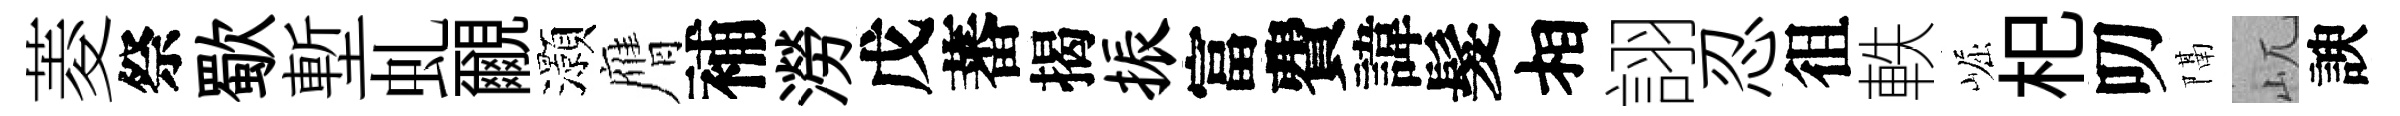
菱祭歜塹虬覼灝膺補澇戊蕃揭振富費諱髮相詡忍徂軼崛𣏌叨隔屼諛